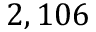
2 , 1 0 6